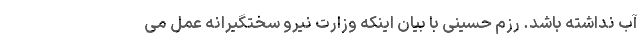
آب نداشته باشد. رزم حسینی با بیان اینکه وزارت نیرو سختگیرانه عمل می